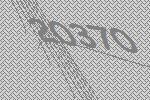
20370